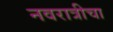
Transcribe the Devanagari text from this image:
नवरात्रीचा